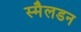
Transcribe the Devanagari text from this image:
स्मैलडन